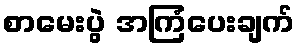
စာမေးပွဲ အကြံပေးချက်